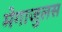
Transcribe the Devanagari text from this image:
मेगाजुलस